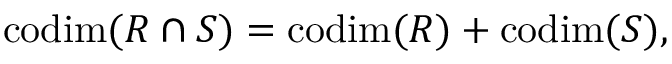
\mathrm { c o d i m } ( R \cap S ) = \mathrm { c o d i m } ( R ) + \mathrm { c o d i m } ( S ) ,